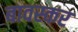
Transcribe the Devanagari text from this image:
बावस्कर